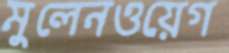
মুলেনওয়েগ